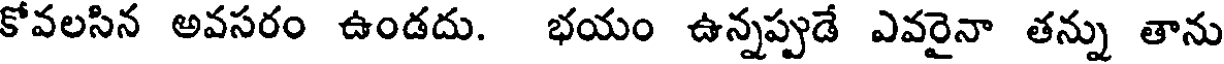
కోవలసిన అవసరం ఉండదు. భయం ఉన్నప్పుడే ఎవరైనా తన్ను తాను